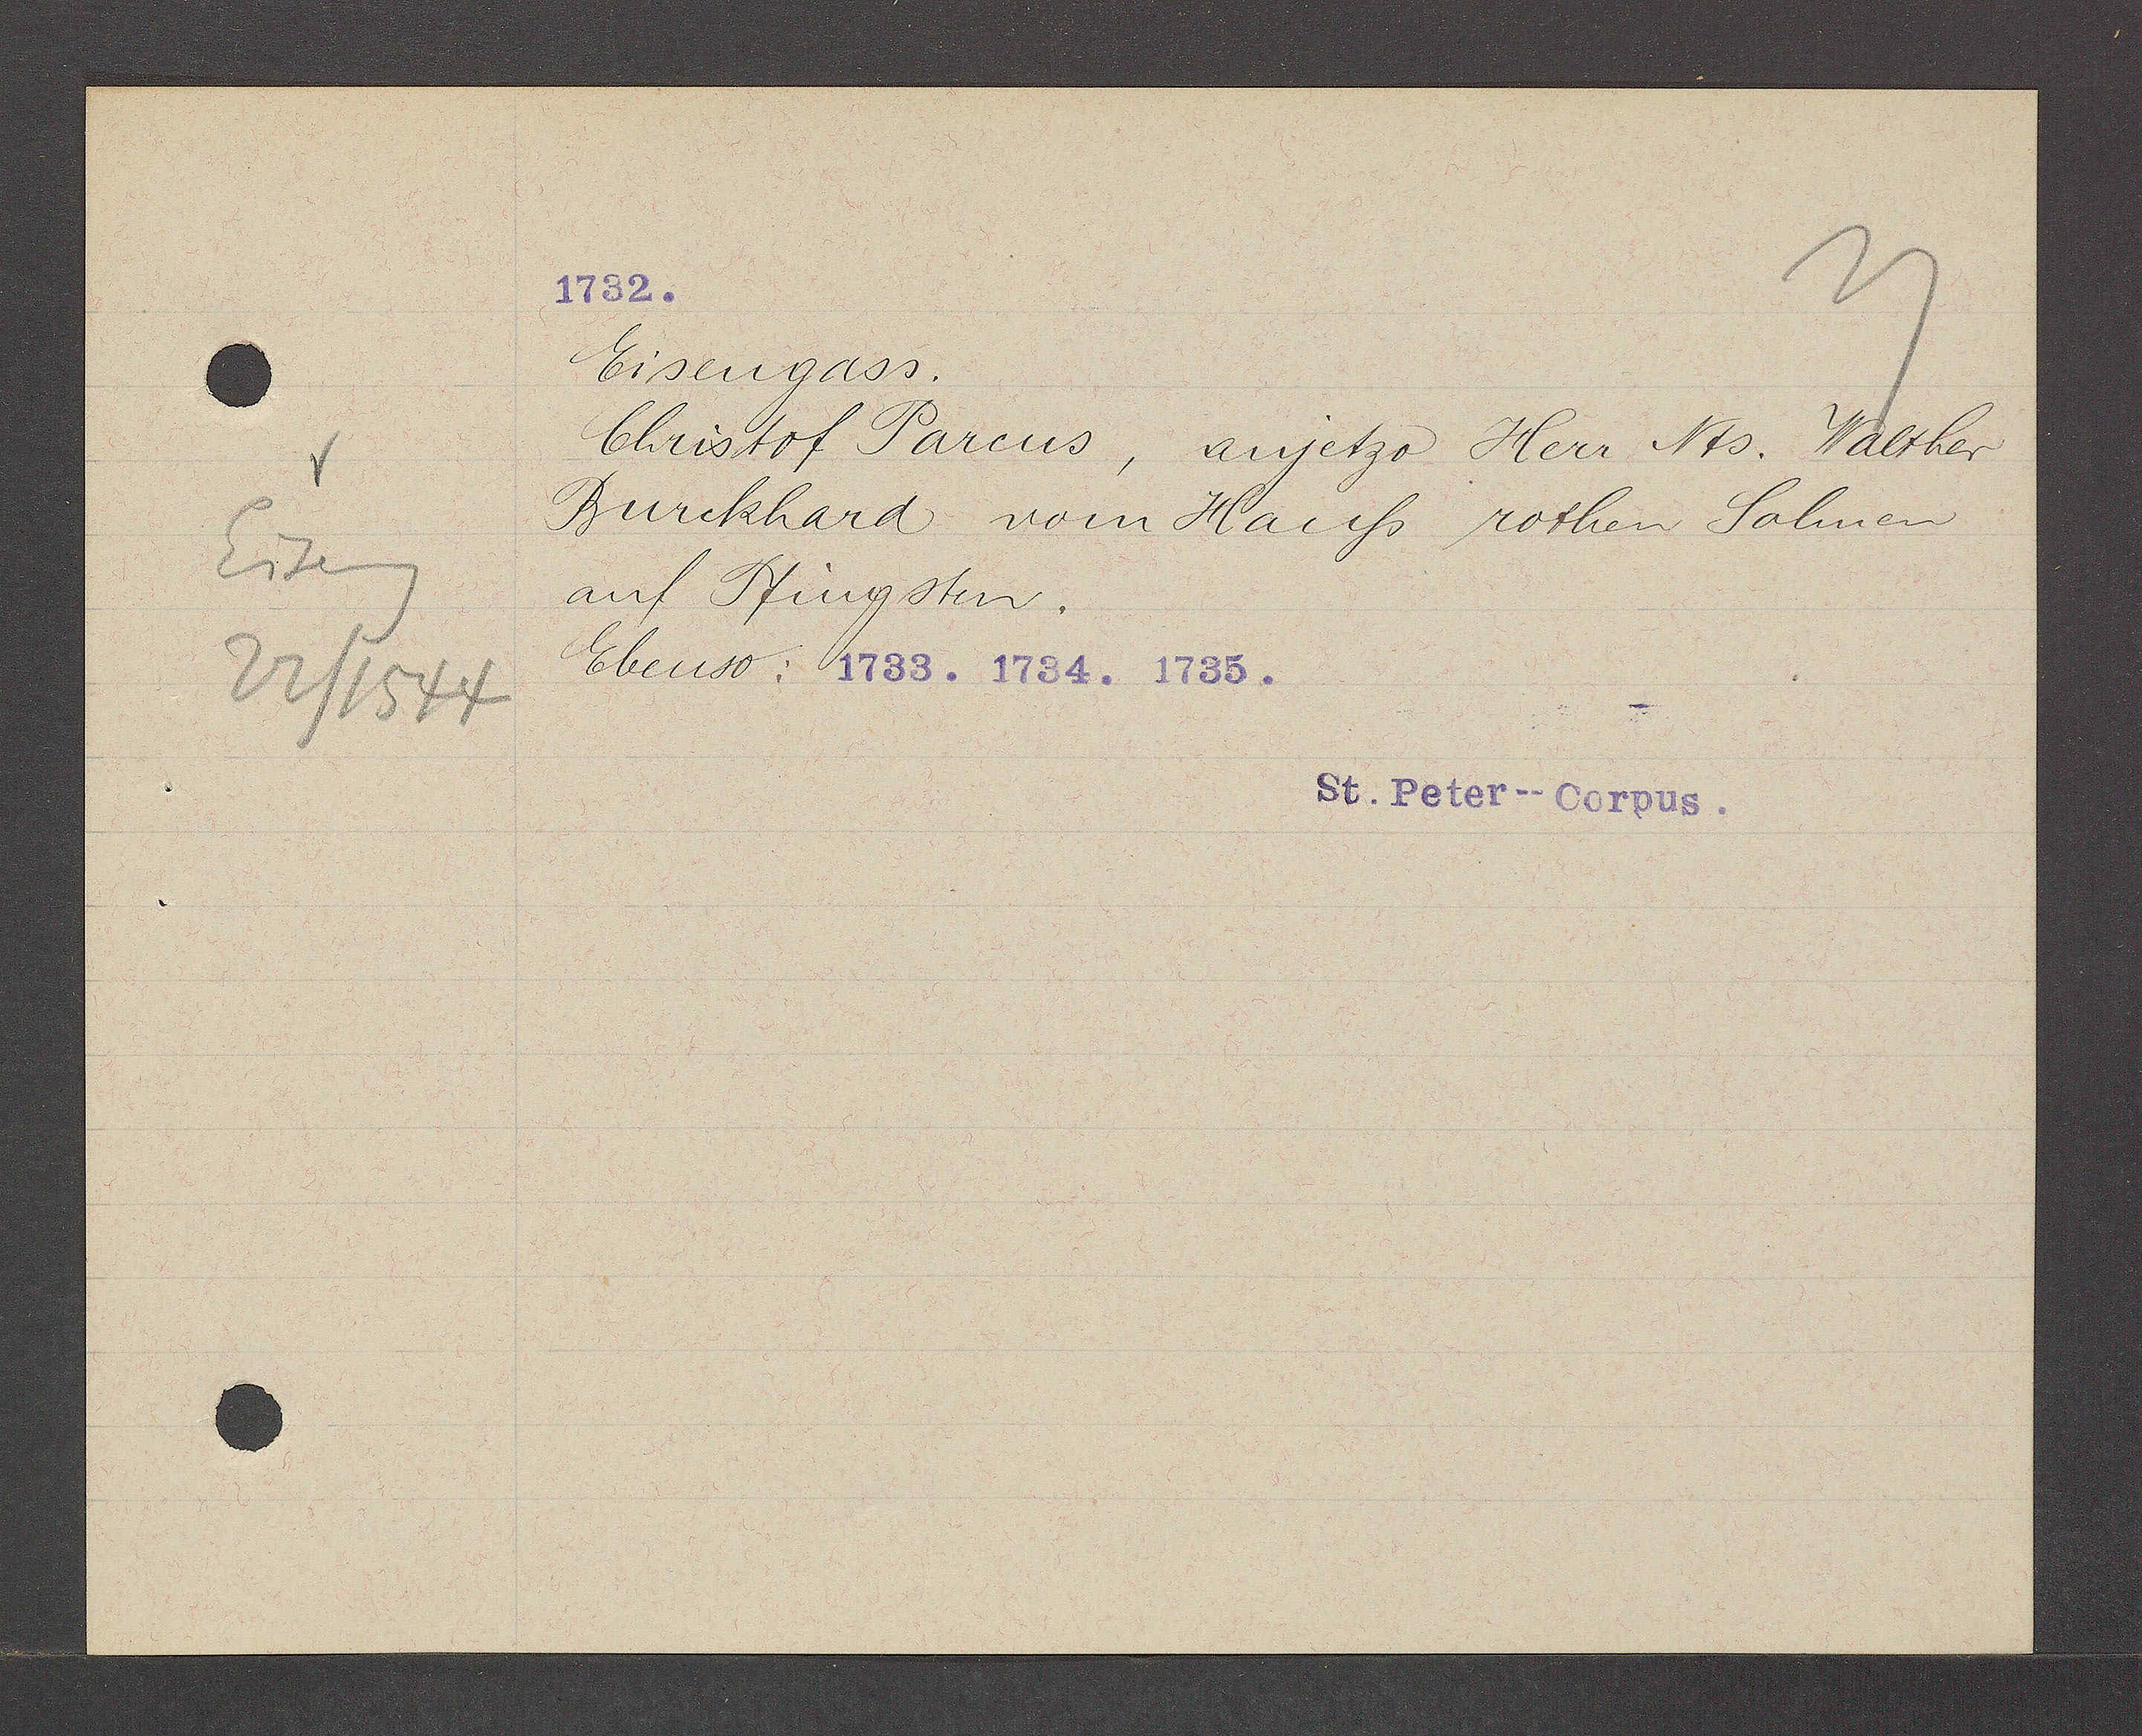
Transcript:
Eiseng
22/1544

Eisengass.
Christof Parcus, anjetzo Herr Nts. Walther
Burckhard vom Hauß rothen Salmen
auf Pfingsten.
Ebenso: